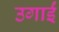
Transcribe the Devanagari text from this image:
उगाईं